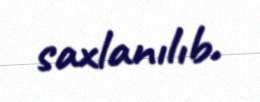
saxlanılıb.